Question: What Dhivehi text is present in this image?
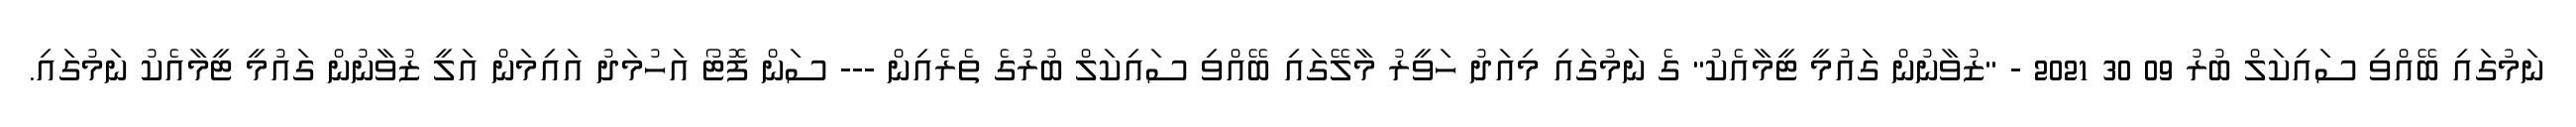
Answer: ނަމުގައި ބޭއްވި ސައިކަލް ބުރު 09 30 2021 - "ޒުވާނުން ގައުމީ ޓީމާއެކު" ގެ ނަމުގައި މިއަދު ހަވީރު މާލޭގައި ބޭއްވި ސައިކަލް ބުރުގެ ތެރެއިން --- ސަން ފޮޓޯ އަހުމަދު އައިމަން އަލީ ޒުވާނުން ގައުމީ ޓީމާއެކު ނަމުގައި.